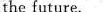
the future.